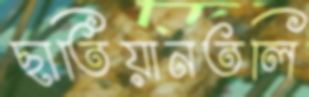
ছাতিয়ানতলি